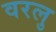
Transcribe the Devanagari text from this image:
वरलु